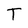
Character: T